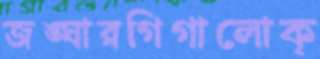
জঙ্ঘারগিগালোক্